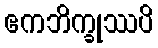
ဧကဘိက္ခုဿပိ